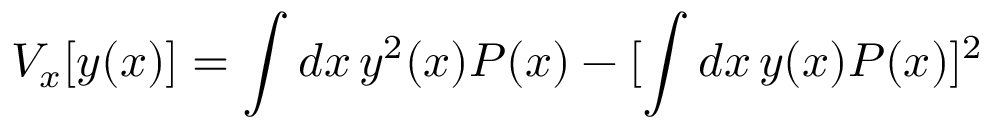
V _ { x } [ y ( x ) ] = \int d x \, y ^ { 2 } ( x ) P ( x ) - [ \int d x \, y ( x ) P ( x ) ] ^ { 2 }